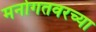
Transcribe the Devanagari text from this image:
मनोगतवरच्या